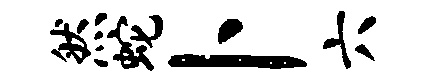
然蛇卜六